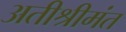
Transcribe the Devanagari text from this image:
अतीश्रीमंत